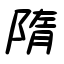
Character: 隋